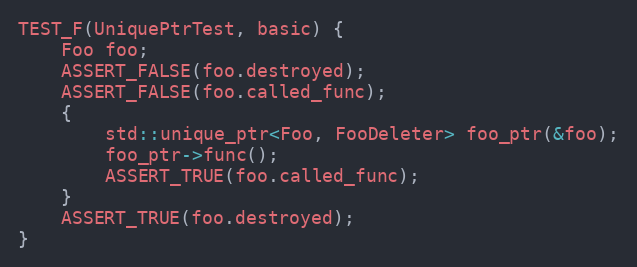
Language: C++
TEST_F(UniquePtrTest, basic) {
    Foo foo;
    ASSERT_FALSE(foo.destroyed);
    ASSERT_FALSE(foo.called_func);
    {
        std::unique_ptr<Foo, FooDeleter> foo_ptr(&foo);
        foo_ptr->func();
        ASSERT_TRUE(foo.called_func);
    }
    ASSERT_TRUE(foo.destroyed);
}